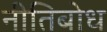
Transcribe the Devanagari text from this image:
नीतिबोध